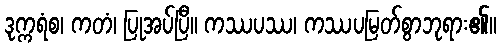
ဒုက္ကရံစ၊ ကတံ၊ ပြုအပ်ပြီ။ ကဿပဿ၊ ကဿပမြတ်စွာဘုရား၏။